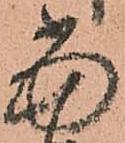
當